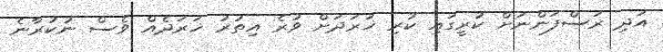
އަދި ރަސްފަންނަށް ކުރީގައި ކުރި ޚަރަދަށް ވުރެ އިތުރު ޚަރަދެއް ވެސް ނުކުރާނެ